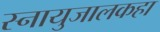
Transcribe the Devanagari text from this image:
स्नायुजालकहा